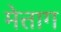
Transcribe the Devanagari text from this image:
मेत्ताग